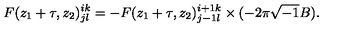
F ( z _ { 1 } + \tau , z _ { 2 } ) _ { j l } ^ { i k } = - F ( z _ { 1 } + \tau , z _ { 2 } ) _ { j - 1 l } ^ { i + 1 k } \times ( - 2 \pi \sqrt { - 1 } B ) .